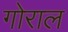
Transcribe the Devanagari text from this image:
गोराल